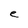
Character: e